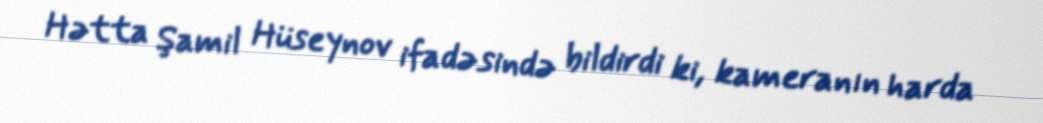
Hətta Şamil Hüseynov ifadəsində bildirdi ki, kameranın harda